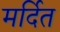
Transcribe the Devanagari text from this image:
मर्दित